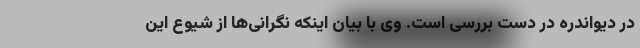
در دیواندره در دست بررسی است. وی با بیان اینکه نگرانی‌ها از شیوع این